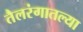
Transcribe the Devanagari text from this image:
तैलरंगातल्या